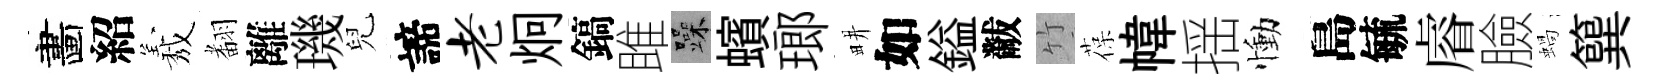
畵紹𦏁𮋒離璣兒諦老炯鎬雎躁蠙瑯畊如鎰黻竹葆幃揺慟島毓𥈠臉蝸簨